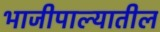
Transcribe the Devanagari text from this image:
भाजीपाल्यातील